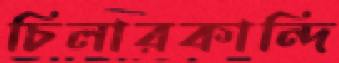
চিলারকান্দি